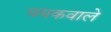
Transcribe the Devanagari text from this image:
चमकवाले